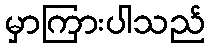
မှာကြားပါသည်